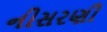
નીસરણી